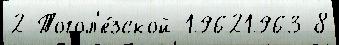
2 Тогол'е́зской 19621963 8